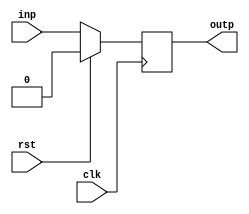
module dff(clk, rst, inp, outp);
  parameter WIDTH = 1;

  input wire clk;
  input wire rst;

  input wire [WIDTH-1:0] inp;
  output reg [WIDTH-1:0] outp;

  always @(posedge clk) begin
    outp <= rst ? 0 : inp;
  end

endmodule